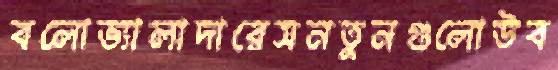
বলোভ্যালাদারেসনতুনগুলোউব